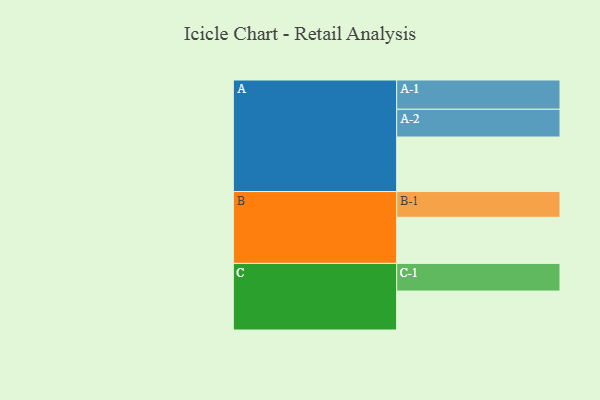
{"axis": {"x": "Segment", "y": "Value"}, "legend": ["", "A", "B", "C"], "data": [{"x": "A", "y": 518, "type": ""}, {"x": "B", "y": 438, "type": ""}, {"x": "C", "y": 370, "type": ""}, {"x": "A-1", "y": 278, "type": "A"}, {"x": "A-2", "y": 264, "type": "A"}, {"x": "B-1", "y": 245, "type": "B"}, {"x": "C-1", "y": 263, "type": "C"}]}